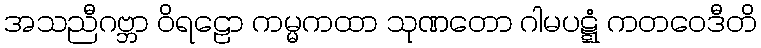
အသညီဂဗ္ဘာ ဝိရဠော ကမ္မကထာ သုဏတော ဂါမပဋ္ဋံ ကတဝေဒီတိ